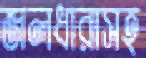
জলধারাসহ